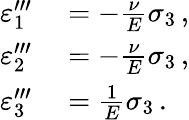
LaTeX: \begin{array}{rl}{\varepsilon_{1}^{\prime\prime\prime}}&{{}=-{\frac{\nu}{E}}\sigma_{3}\, ,}\\ {\varepsilon_{2}^{\prime\prime\prime}}&{{}=-{\frac{\nu}{E}}\sigma_{3}\, ,}\\ {\varepsilon_{3}^{\prime\prime\prime}}&{{}={\frac{1}{E}}\sigma_{3}\, .}\end{array}